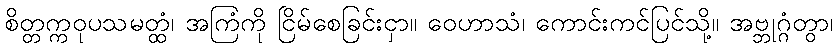
စိတ္တက္ကဝုပသမတ္ထံ၊ အကြံကို ငြိမ်စေခြင်းငှာ။ ဝေဟာသံ၊ ကောင်းကင်ပြင်သို့။ အဗ္ဘုဂ္ဂံတွာ၊